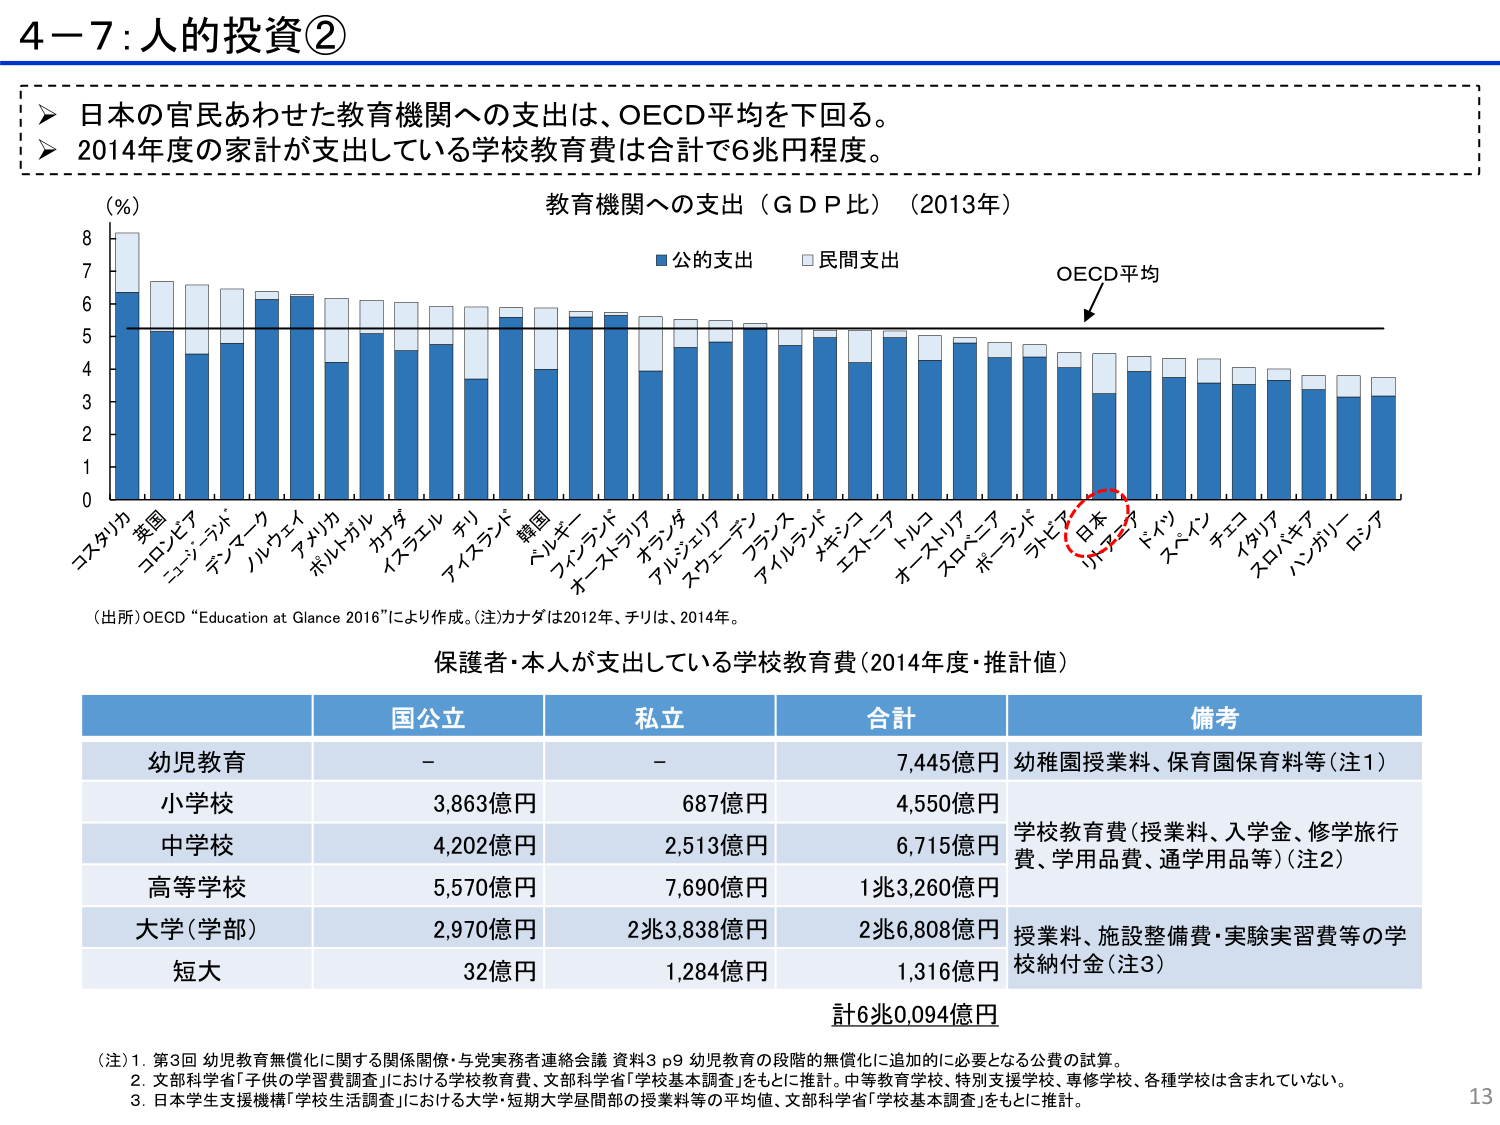
4－7：人的投資②

▶ 日本の官民あわせた教育機関への支出は、OECD平均を下回る。
▶ 2014年度の家計が支出している学校教育費は合計で6兆円程度。

(％)
教育機関への支出（ＧＤＰ比）（2013年）
■ 公的支出　□ 民間支出
OECD平均

コスタリカ　英国　コロンビア　ニュージーランド　デンマーク　ノルウェイ　アメリカ　ポルトガル　カナダ　イスラエル　チリ　アイスランド　韓国　トルコ　フィンランド　オーストラリア　ポランド　アルジェリア　スウェーデン　フランス　アイルランド　メキシコ　エストニア　トルコ　オーストリア　スロベニア　ポーランド　ラトビア　日本　リトアニア　ミャンマー　スペイン　チコ　イタリア　スロバキア　ハンガリー　ロシア

（出所）OECD “Education at Glance 2016”により作成。（注）カナダは2012年、チリは、2014年。

保護者・本人が支出している学校教育費（2014年度・推計値）

国公立　私立　合計　備考
幼児教育　－　－　7,445億円　幼稚園授業料、保育園保育料等（注1）
小学校　3,863億円　687億円　4,550億円
中学校　4,202億円　2,513億円　6,715億円　学校教育費（授業料、入学金、修学旅行費、学用品費、通学用品等）（注2）
高等学校　5,570億円　7,690億円　1兆3,260億円
大学（学部）　2,970億円　2兆3,838億円　2兆6,808億円　授業料、施設整備費・実験実習費等の学校納付金（注3）
短大　32億円　1,284億円　1,316億円

計6兆0,094億円

（注）1. 第3回 幼児教育無償化に関する関係閣僚・与党実務者連絡会議 資料3 p9 幼児教育の段階的無償化に追加的に必要となる公費の試算。
2. 文部科学省「子供の学習費調査」における学校教育費、文部科学省「学校基本調査」をもとに推計。中等教育学校、特別支援学校、専修学校、各種学校は含まれていない。
3. 日本学生支援機構「学校生活調査」における大学・短期大学昼間部の授業料等の平均値、文部科学省「学校基本調査」をもとに推計。

13